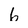
Character: 6